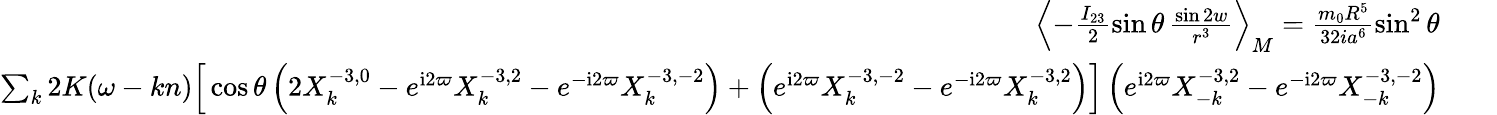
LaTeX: \begin{array}{rlr}{\left\langle-\frac{I_{23}}{2}\sin\theta\, \frac{\sin 2w}{r^{3}}\right\rangle_{M}=\frac{m_{0}R^{5}}{32ia^{6}}\sin^{2}\theta}&{}&\\ {\sum_{k}2K(\omega-kn)\Big[\cos\theta\left(2X_{k}^{-3,0}-e^{\mathrm{i}2\varpi}X_{k}^{-3,2}-e^{-\mathrm{i}2\varpi}X_{k}^{-3,-2}\right)+\left(e^{\mathrm{i}2\varpi}X_{k}^{-3,-2}-e^{-\mathrm{i}2\varpi}X_{k}^{-3,2}\right)\Big]\left(e^{\mathrm{i}2\varpi}X_{-k}^{-3,2}-e^{-\mathrm{i}2\varpi}X_{-k}^{-3,-2}\right)}\end{array}